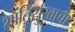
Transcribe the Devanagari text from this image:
शांतिसुखाचा